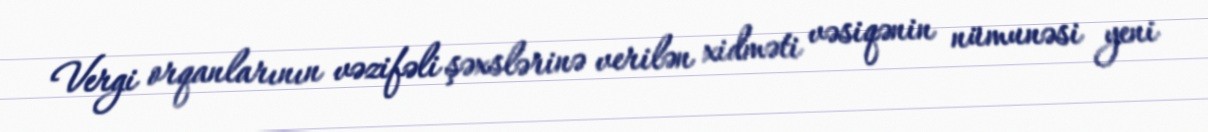
Vergi orqanlarının vəzifəli şəxslərinə verilən xidməti vəsiqənin nümunəsi yeni